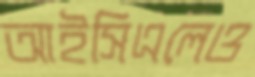
আইসিএলেও